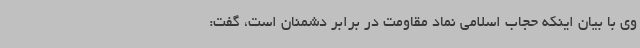
وی با بیان اینکه حجاب اسلامی نماد مقاومت در برابر دشمنان است، گفت: